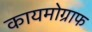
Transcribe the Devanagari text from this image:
कायमोग्राफ